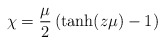
\begin{align*}\chi = {\mu \over 2} \left ({\rm tanh}(z\mu) - 1\right ) \end{align*}